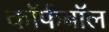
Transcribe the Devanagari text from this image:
कॉर्फबॉल